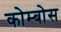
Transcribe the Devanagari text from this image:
कोम्बोस